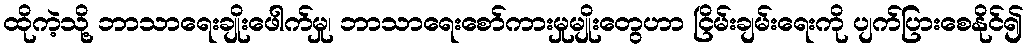
ထိုကဲ့သို့ ဘာသာရေးချိုးဖေါက်မှု၊ ဘာသာရေးစော်ကားမှုမျိုးတွေဟာ ငြိမ်းချမ်းရေးကို ပျက်ပြားစေနိုင်၍